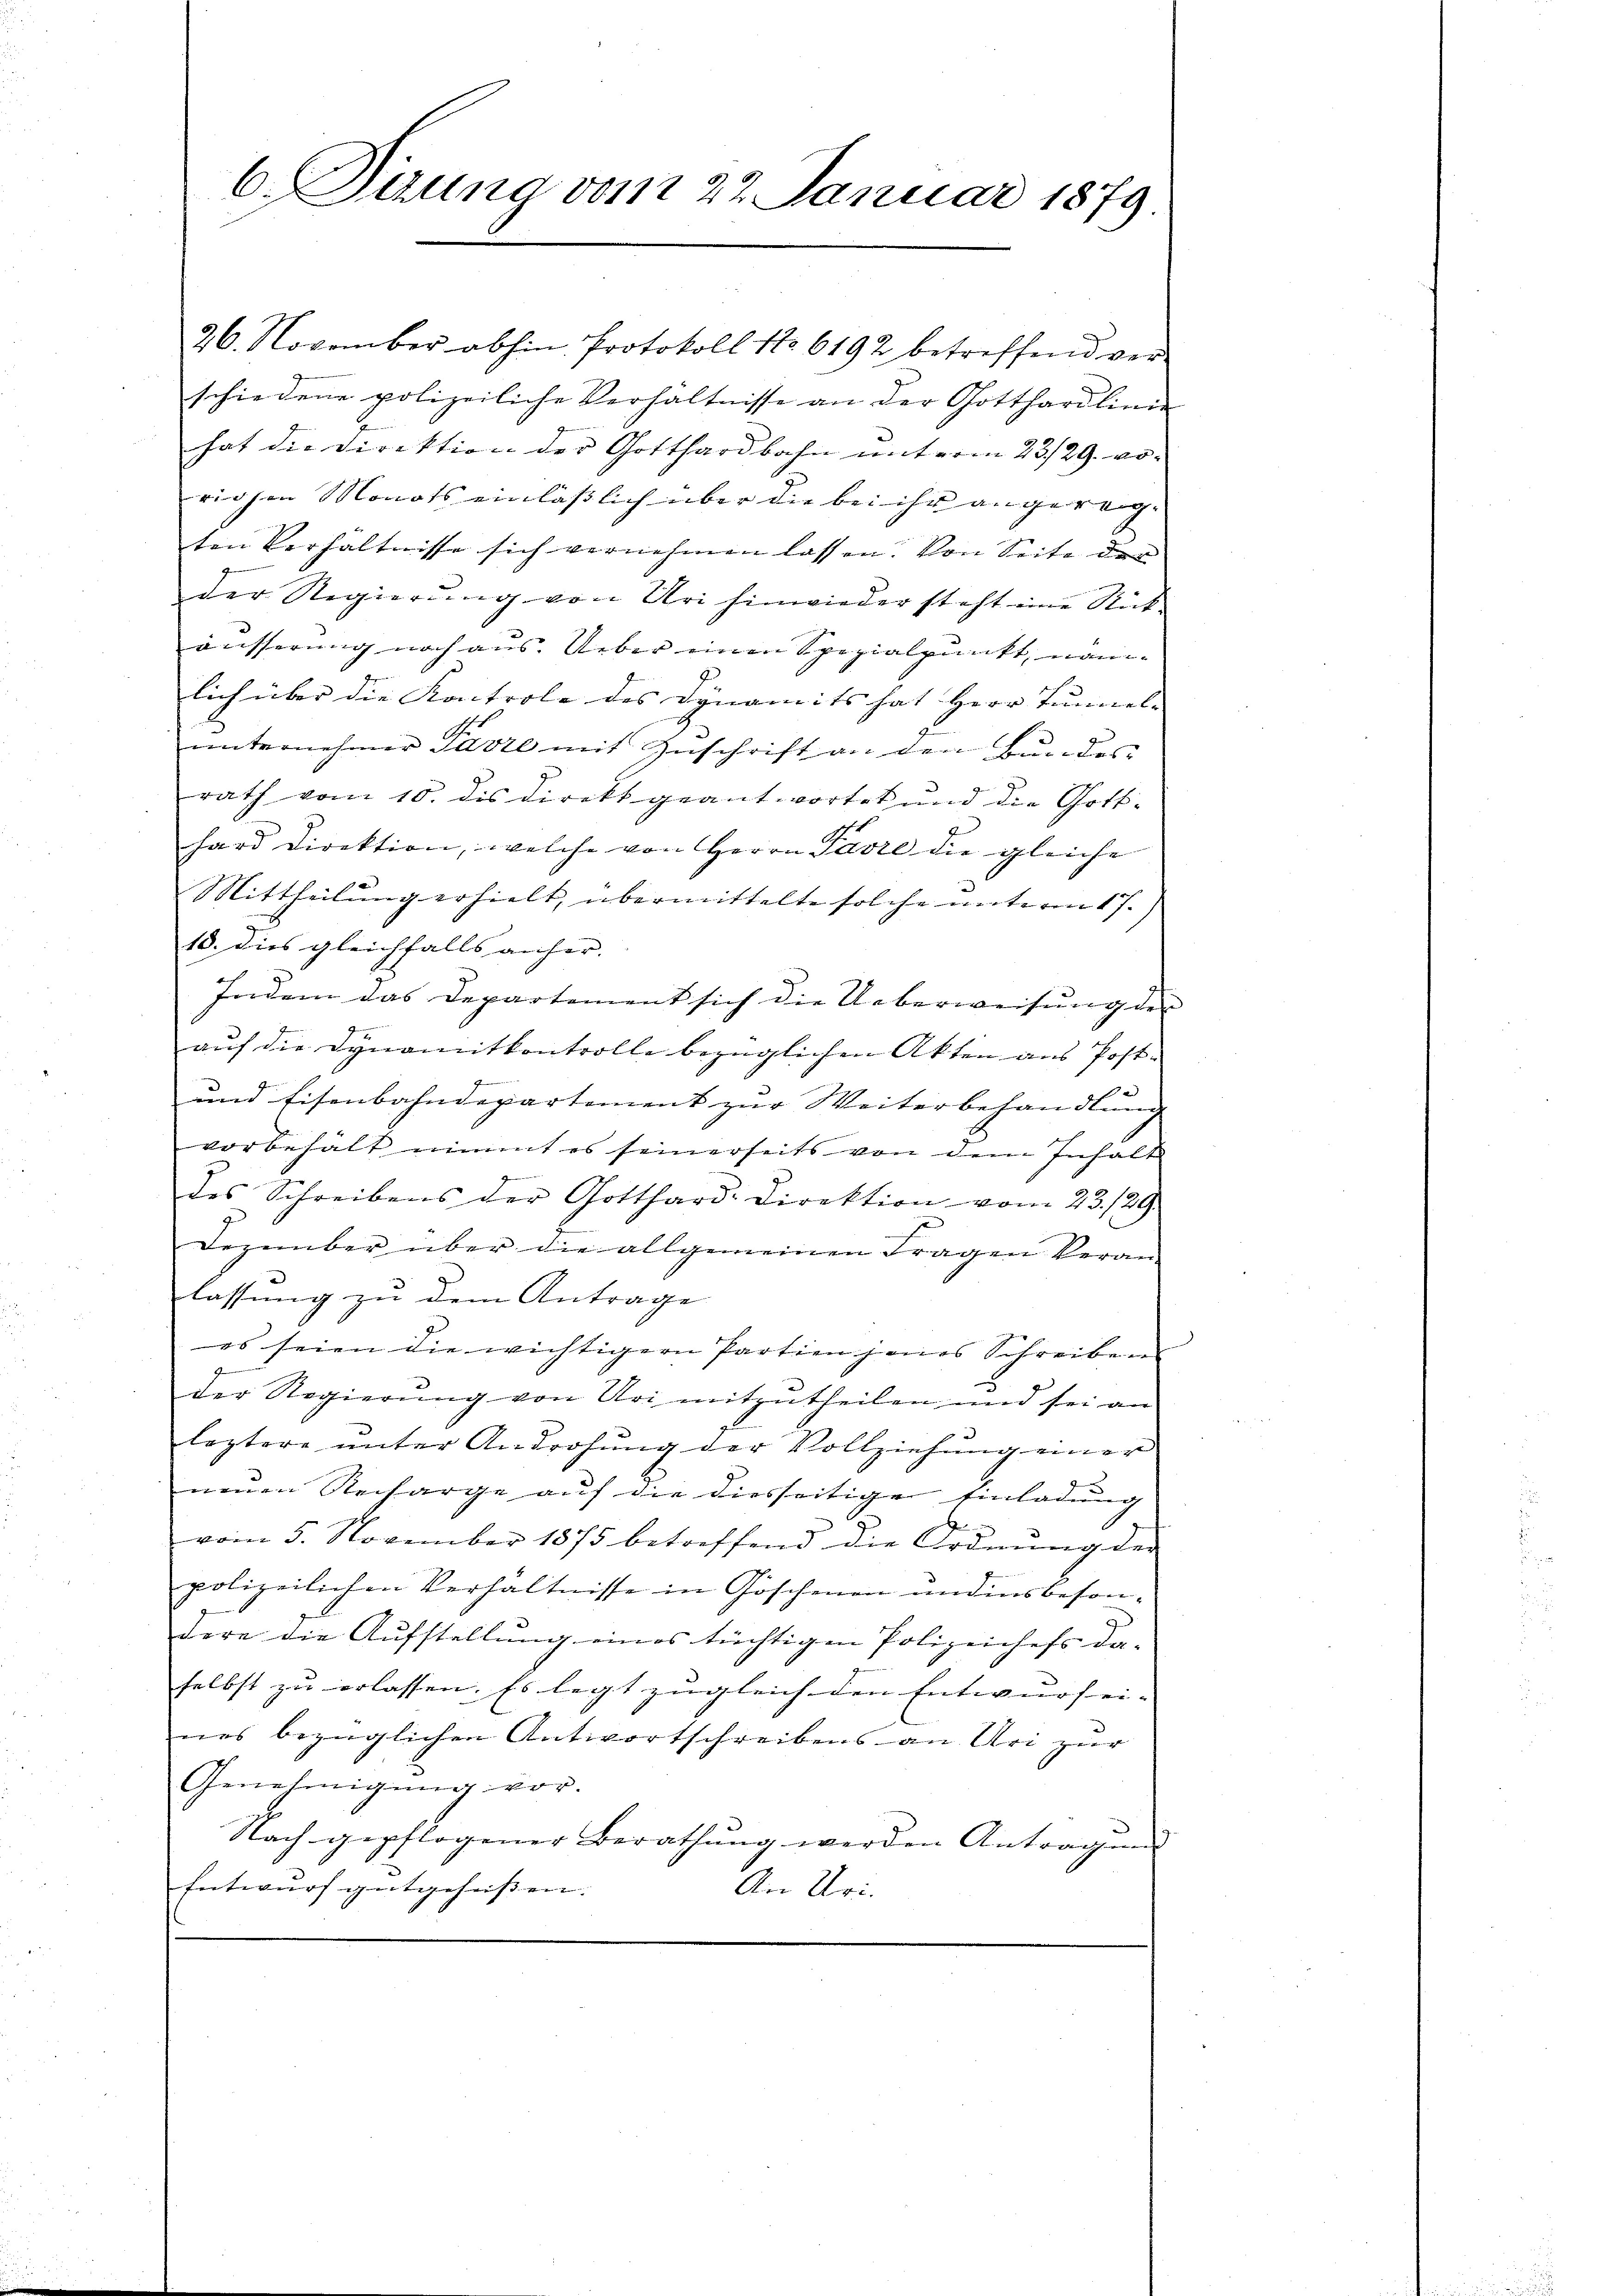
6. Teung vom 27. Januar 1879

26. November abhin Protokoll No 6192 betreffend verschiedene polizeiliche Verhältnisse an der Gotthardlinie
hat die Direktion der Gotthardbahn unterm 23/29. vo
rigen Monats einlässlich über die bei ihr angereigten Verhältnisse sich vernehmen lassen. Von Seite der
der Regierung von Uri hinwieder steht eine Rück-
äusserung noch aus. Ueber einen Spezialpunkt, nämlich über die Kontrole des Dynamits hat Herr Tunnel-
unternehmer Parte mit Zuschrift an den Bundes-
rath vom 10. dis direkt geantwortet und die Gotthard Direktion, welche von Herrn Pasie die gleiche
Mittheilung erhielt, übermittelte solche unterm 17.)
18. Dies gleichfalls anher.
Indem das Departement sich die Ueberweisung der
auf die Dynamitkontrolle bezüglichen Akten aus Post¬
.
und Eisenbahndepartement zur Weiterbehandlung
vorbehält nimmt es seinerseits von dem Inhalt
4
des Schreibens der Gotthard-Direktion vom 23./29.
Dezember über die allgemeinen Fragen Veran-
lassung zu dem Antrage
es seien die wichtigern Partien jenes Schreiben
der Regierung von Uri mitzutheilen, und sei an
leztere unter Androhung der Vollziehung einer
neuen Recharge auf die diesseitige Einladung
vom 5. November 1875 betreffend die Ordnŭng der
polizeilichen Verhältnisse in Göschenen und insbesondere die Aufstellung eines tüchtigen Polizeichefs da-
selbst zu erlassen. Es legt zugleich den Entwurf ei-
nes bezüglichen Antwortschreibens an Uri zur
Genehmigung vor.
Nach gepflogener Berathung werden Antragung |
Entwurf gutgeheißen.
An Uri.